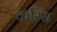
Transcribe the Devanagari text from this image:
करिस